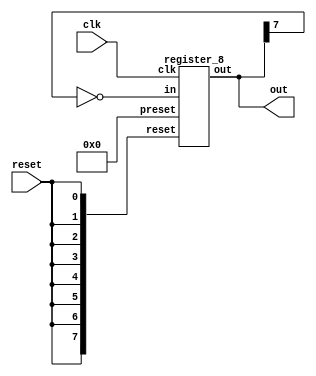
// Desgin a 8-bit Johnson counter using 8-bit shift register.

module johnson_counter_8(output [7:0]out,
                         input clk, reset);

register_8 R(out,~out[7],clk, {8{reset}},8'b0);

endmodule

module d_ff(output reg out,
            input in, clk, reset, preset);

always @(negedge clk) begin
    if (reset)
    out <= 1'b0;
    else if (preset)
    out <= 1'b1;
    else
    out <= in;
end

endmodule

module register_4(output [3:0] out,
                  input in, clk, 
                  input [3:0] reset, preset);

d_ff f0(out[0], in, clk, reset[0], preset[0]);
d_ff f1(out[1], in, clk, reset[1], preset[1]);
d_ff f2(out[2], in, clk, reset[2], preset[2]);
d_ff f3(out[3], in, clk, reset[3], preset[3]);

endmodule

module register_8(output [7:0]out,
                  input in, clk,
                  input [7:0] reset, preset);

register_4 r0(out[3:0], in, clk, reset[3:0], preset[3:0]);
register_4 r1(out[7:4], out[3] ,clk, reset[7:4], preset[7:4]);

endmodule